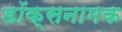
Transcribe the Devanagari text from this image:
डॉक्सनामक